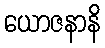
ယောဇနာနိ